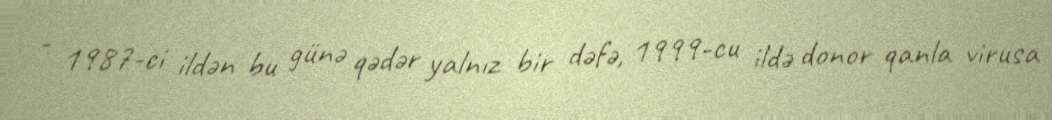
- 1987-ci ildən bu günə qədər yalnız bir dəfə, 1999-cu ildə donor qanla virusa